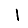
Digit: 1